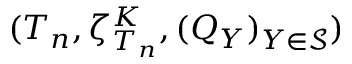
( T _ { n } , \zeta _ { T _ { n } } ^ { K } , ( Q _ { Y } ) _ { Y \in \mathcal { S } } )